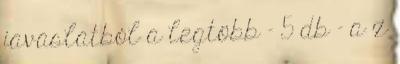
javaslatból a legtöbb – 5 db – a z